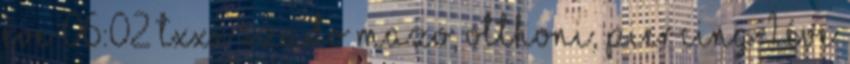
éve 06:02 TXXX szado mazo, otthoni, piercing 1 éve